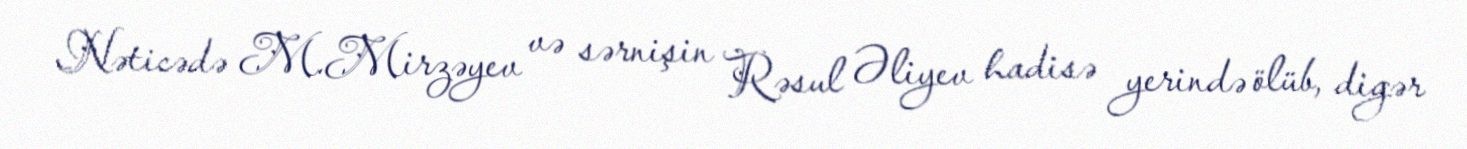
Nəticədə M.Mirzəyev və sərnişin Rəsul Əliyev hadisə yerində ölüb, digər